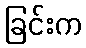
ခြင်းက